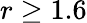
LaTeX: r\geq 1.6